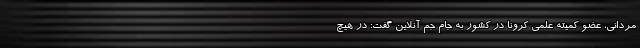
مردانی، عضو کمیته علمی کرونا در کشور به جام جم آنلاین گفت: در هیچ